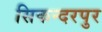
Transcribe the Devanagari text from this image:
सिकन्‍दरपुर